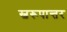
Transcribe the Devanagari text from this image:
स्वरूपान्तर